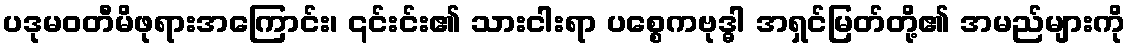
ပဒုမဝတီမိဖုရားအကြောင်း၊ ၎င်းင်း၏ သားငါးရာ ပစ္စေကဗုဒ္ဓါ အရှင်မြတ်တို့၏ အမည်များကို